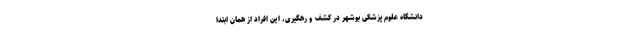
دانشگاه علوم پزشکی بوشهر در کشف و رهگیری، این افراد از همان ابتدا